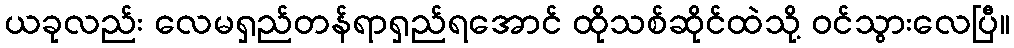
ယခုလည်း လေမရှည်တန်ရာရှည်ရအောင် ထိုသစ်ဆိုင်ထဲသို့ ဝင်သွားလေပြီ။